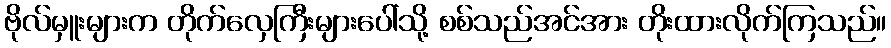
ဗိုလ်မှူးများက တိုက်လှေကြီးများပေါ်သို့ စစ်သည်အင်အား တိုးထားလိုက်ကြသည်။